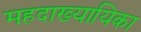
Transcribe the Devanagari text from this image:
महदाख्यायिका